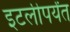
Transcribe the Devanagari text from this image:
इटलीपर्यंत